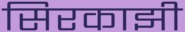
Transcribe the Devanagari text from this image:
सिरकाझी